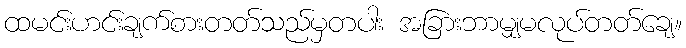
ထမင်းဟင်းချက်စားတတ်သည်မှတပါး အခြားဘာမျှမလုပ်တတ်ချေ။